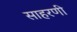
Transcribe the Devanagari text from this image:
साहरणी